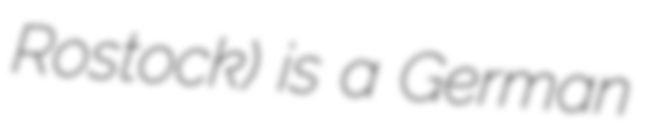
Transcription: Rostock) is a German